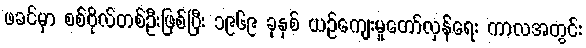
ဖခင်မှာ စစ်ဗိုလ်တစ်ဦးဖြစ်ပြီး ၁၉၆၉ ခုနှစ် ယဉ်ကျေးမှုတော်လှန်ရေး ကာလအတွင်း